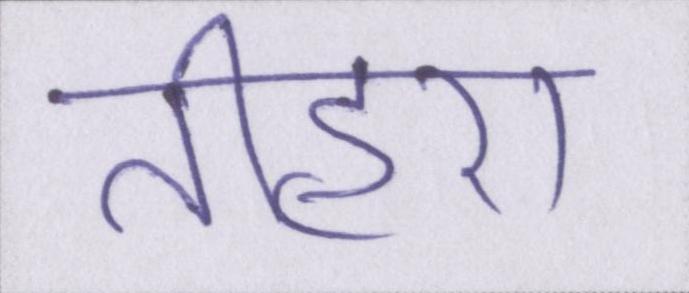
तीहरा